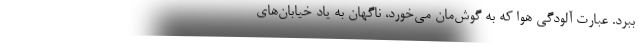
ببرد. عبارت آلودگی هوا که به گوش‌مان می‌خورد، ناگهان به یاد خیابان‌های